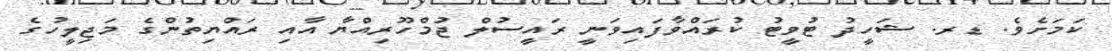
ކަމަށެވެ. ޑރ. ޝަހީދު ޓުވީޓު ކުރައްވާފައިވަނީ ރައީސުލް ޖުމްހޫރިއްޔާ އާއި ރައްޔިތުންގެ މަޖިލީހުގެ